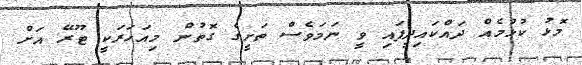
މޮޅު ކުޅުމެއް ދައްކައިދީފައި ވީ ނަމަވެސް ތަށީގެ ގޮތުން މިއަހަރަކީ ޓޫރޭ އަށް